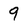
Character: 9